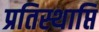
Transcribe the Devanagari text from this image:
प्रतिस्थाप्ति